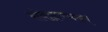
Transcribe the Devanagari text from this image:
संवादात्मक।